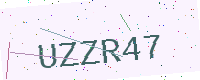
Text: UZZR47